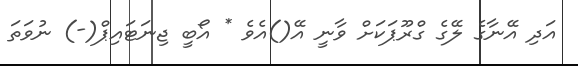
އަދި އޭނާގެ ލޭގެ ގްރޫޕަކަށް ވާނީ އޭ()އެވެ * އޯބީ ޖިނަޓައިޕްް(-) ނުވަތަ